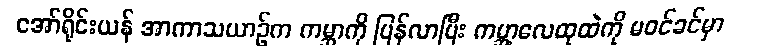
အော်ရိုင်းယန် အာကာသယာဉ်က ကမ္ဘာကို ပြန်လာပြီး ကမ္ဘာ့လေထုထဲကို မဝင်ခင်မှာ